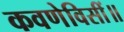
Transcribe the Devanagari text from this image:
कवणेविसीं॥